Vaccination United Provinces of Agra and Oudh 1923-1928 - 1923-1928
Year: 1923
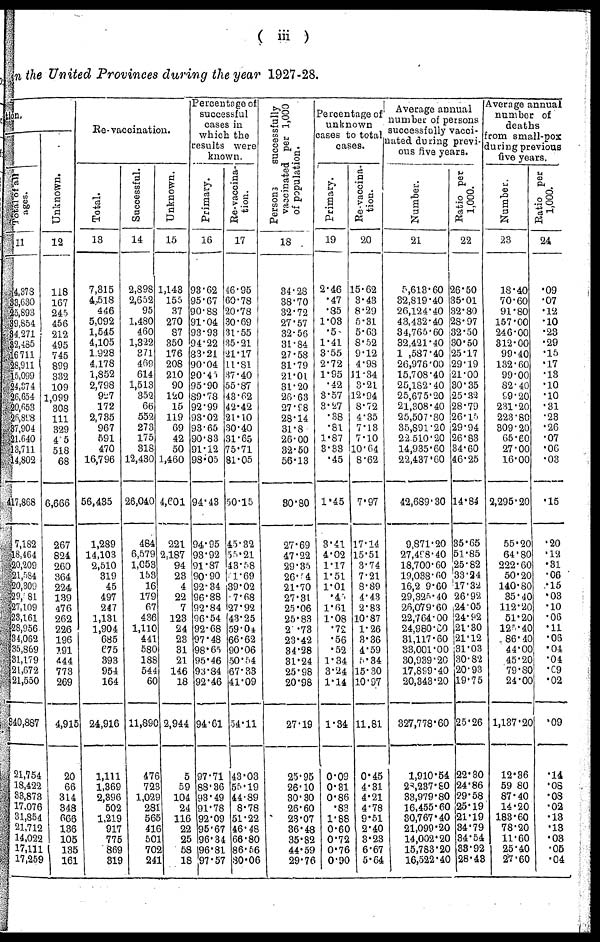
( iii )
in the United Provinces during the year 1927-28.
tion.
Total of all
ages.
11
4,378
33,630
25,893
39,854
34,271
32,485
16,711
28,911
15,099
24,374
26,654
20,653
26,898
37,904
21,640
13,711
14,802
417,868
7,182
18,464
20,209
21,584
20,309
29,581
27,109
23,161
28,956
34,062
35,869
31,179
21,672
21,550
340,887
21,754
18,422
33,873
17,076
31,854
21,712
14,022
17,111
17,259
Unknown.
12
118
167
245
456
212
495
745
899
332
109
1,099
308
111
329
4 5
518
68
6,666
267
824
260
364
224
139
476
262
226
196
191
444
773
269
4,915
20
66
314
348
666
136
105
135
161
Re-vaccination.
Total.
13
7,315
4,518
446
5,092
1,545
4,105
1,928
4,178
1,852
2,798
927
172
2,735
967
591
470
16,796
56,435
1,289
14,103
2,510
319
45
497
247
1,131
1,904
685
675
393
954
164
24,916
1,111
1,369
2,396
502
1,219
917
775
869
319
Successful.
14
2,898
2,652
95
1,480
460
1,322
371
469
614
1,513
352
66
552
273
175
318
12,430
26,040
484
6,579
1,053
153
16
179
67
436
1,110
441
580
188
544
60
11,890
476
723
1,029
281
565
416
501
702
241
Unknown.
15
1,143
155
37
270
87
350
176
208
210
90
120
15
119
69
42
50
1,460
4,601
221
2,187
94
23
4
22
7
123
24
23
31
21
146
18
2,944
5
59
104
24
116
22
25
58
18
Percentage of
successful
cases in
which the
results were
known.
Primary.
16
93.62
95.67
90.88
91.04
93.93
94.22
83.21
90.04
90.45
95.90
89.78
92.99
93.02
93.65
90.83
91.12
98.05
94.43
94.95
93.92
91.87
90.90
92.34
96.88
92.84
96.54
92.68
97.48
98.65
95.46
93.84
92.46
94.61
97.71
88.36
93.49
91.78
92.09
95.67
96.34
96.81
97.57
Re-vaccina-
tion.
17
46.95
60.78
20.78
30.69
31.55
35.21
21.17
11.81
37.40
55.87
43.62
42.42
21.10
30.40
31.65
75.71
81.05
50.15
45.32
55.21
43.58
61.69
39.02
7.68
27.92
43.25
59.04
66.62
90.06
50.54
67.33
41.09
54.11
43.03
55.19
44.89
8.78
51.22
46.48
66.80
86.56
80.06
Persons
successfully
vaccinated per 1,000
of population.
18
34.28
38.70
32.72
27.57
32.56
31.84
27.58
31.79
21.01
31.20
26.63
27.98
28.14
31.8
26.00
32.50
56.13
30.80
27.69
47.22
29.35
26.54
21.70
27.31
25.06
25.83
2 .73
23.42
34.28
31.24
25.98
20.98
27.19
25.95
26.10
30.30
26.60
23.07
36.48
35.82
44.59
29.76
Percentage of
unknown
cases to total
cases.
Primary.
19
2.46
.47
.85
1.03
.5
1.41
3.55
2.72
1.95
.42
3.57
3.27
.38
.81
1.87
3.33
.45
1.45
3.41
4.02
1.17
1.51
1.01
.45
1.61
1.08
.72
.56
.52
1.34
3.24
1.14
1.34
0.09
0.31
0.86
.83
1.88
0.60
0.72
0.76
0.90
Re-vaccina-
tion.
20
15.62
3.43
8.29
5.31
5.63
8.52
9.12
4.98
11.34
3.21
12.94
8.72
4.35
7.13
7.10
10.64
8.62
7.97
17.14
15.51
3.74
7.21
8.89
4.43
2.83
10.87
1.26
3.36
4.59
5.34
15.30
10.97
11.81
0.45
4.31
4.21
4.78
9.51
2.40
3.23
6.67
5.64
Average annual
number of persons
successfully vacci¬
nated during previ¬
ous five years.
Number.
21
5,613.60
32,819.40
26,124.40
43,432.40
34,765.60
32,421.40
1 ,587.40
26,976.00
15,708.40
25,182.40
25,675.20
21,308.40
25,507.80
35,891.20
22,510.20
14,935.60
22,437.60
42,689.30
9,871.20
27,498.40
18,700.60
19,038.60
16,2 9.60
29,325.40
26,079.60
22,764.00
24,980.80
31,117.60
33,001.00
30,939.20
17,899.40
20,343.20
327,778.60
1,910.54
28,237.80
33,979.80
16,455.60
30,767.40
21,099.20
14,002.20
15,783.20
16,522.40
Ratio per
1,000.
22
26.50
35.01
32.80
28.97
32.50
30.50
25.17
29.19
21.00
30.35
25.32
28.79
26.15
29.94
26.83
34.60
46.25
14.84
35.65
51.85
25.82
33.24
17.32
26.92
24.05
24.92
21.30
21.12
31.03
30.82
20.93
19.75
25.26
22.30
24.86
29.58
25.19
21.19
34.79
34.54
33.92
28.48
Average annual
number of
deaths
from small-pox
during previous
five years.
Number.
23
18.40
70.60
91.80
157.00
246.00
312.00
99.40
132.60
99.00
82.40
99.20
231.20
223.80
309.20
65.60
27.00
16.00
2,295.20
55.20
64.80
222.60
50.20
140.80
35.40
112.20
51.20
125.40
86.40
44.00
45.20
79.80
24.00
1,137.20
12.36
59.80
87.40
14.20
183.60
78.20
11.60
25.40
27.60
Ratio per
1,000.
24
.09
.07
.12
.10
.23
.29
.15
.17
.13
.10
.10
.31
.23
.26
.07
.06
.03
.15
.20
.12
.31
.06
.15
.03
.10
.06
.11
.06
.04
.04
.09
.02
.09
.14
.08
.08
.02
.13
.13
.03
.05
.04